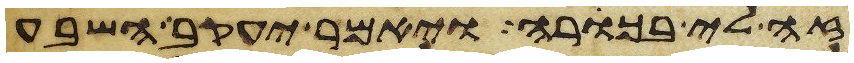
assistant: זה לי בכורה ויאמר יעקב השבע